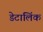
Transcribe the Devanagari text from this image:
डेटालिंक